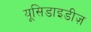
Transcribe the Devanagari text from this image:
यूसिडाइडीज़